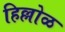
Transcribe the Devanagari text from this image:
हिल्लोळ